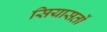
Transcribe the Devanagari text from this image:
सियासतों